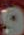
و